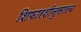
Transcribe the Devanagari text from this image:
शिफारशीनुसारच